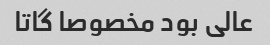
عالی بود مخصوصا گاتا